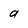
Character: a